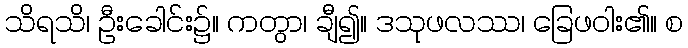
သိရသိ၊ ဦးခေါင်း၌။ ကတွာ၊ ချီ၍။ ဒသုဖလဿ၊ ခြေဖဝါး၏။ စ